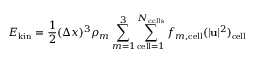
E _ { \mathrm { k i n } } = \frac { 1 } { 2 } ( \Delta x ) ^ { 3 } \rho _ { m } \sum _ { m = 1 } ^ { 3 } \sum _ { \mathrm { c e l l } = 1 } ^ { N _ { \mathrm { c e l l s } } } f _ { m , \mathrm { c e l l } } ( | \mathbf { u } | ^ { 2 } ) _ { \mathrm { c e l l } }